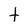
Character: t